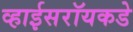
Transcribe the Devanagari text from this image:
व्हाईसरॉयकडे